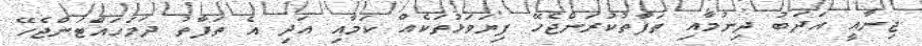
ޖިނާއީ އަދަބު ދިނުމާއި ތަފާތުކުރަންޖެހޭ ފިޔަވަޅުތަކެއް ކަމާއި އަދި އެ ތަފާތު ދަމަހައްޓަންޖެހޭ